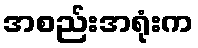
အစည်းအရုံးက